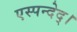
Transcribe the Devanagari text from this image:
एस्पन्देद्।